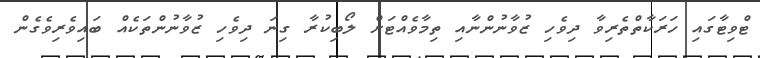
ޓްވިޓާގައި ހަރަކާތްތެރިވާ ދިވެހި ޒުވާނުންނާއި ތިމާވެއްޓަށް ލޯބިކުރާ ގިނަ ދިވެހި ޒުވާނުންތަކެއް ބައިވެރިވެގެން